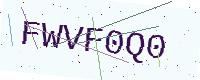
Text: FWVF0Q0